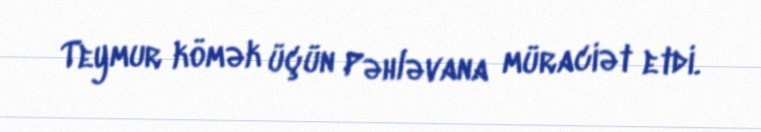
Teymur kömək üçün Pəhləvana müraciət etdi.